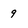
Character: 9